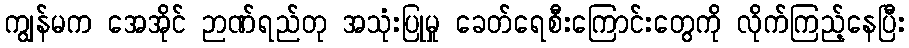
ကျွန်မက အေအိုင် ဉာဏ်ရည်တု အသုံးပြုမှု ခေတ်ရေစီးကြောင်းတွေကို လိုက်ကြည့်နေပြီး